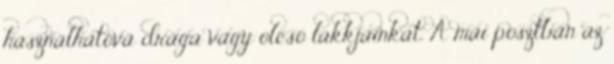
használhatóvá drága vagy olcsó lakkjainkat. A mai posztban az